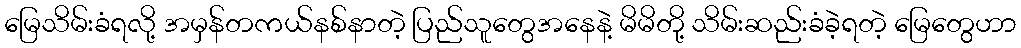
မြေသိမ်းခံရလို့ အမှန်တကယ်နစ်နာတဲ့ ပြည်သူတွေအနေနဲ့ မိမိတို့ သိမ်းဆည်းခံခဲ့ရတဲ့ မြေတွေဟာ